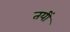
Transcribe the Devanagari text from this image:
तयीं